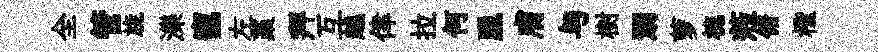
全管旒濼寵左藁拜互越倖拉何臘膚与樹溺萝梳蒞俯檉